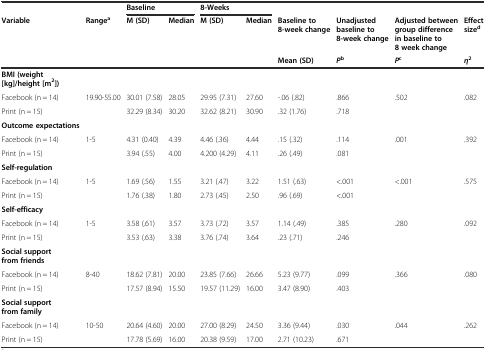
<table><thead><tr><td></td><td></td><td colspan="2"><b>Baseline</b></td><td colspan="2"><b>8-Weeks</b></td><td></td><td></td><td></td><td></td></tr><tr><td rowspan="2"><b>Variable</b></td><td rowspan="2"><b>Range<sup>a</sup></b></td><td rowspan="2"><b>M (SD)</b></td><td rowspan="2"><b>Median</b></td><td rowspan="2"><b>M (SD)</b></td><td rowspan="2"><b>Median</b></td><td><b>Baseline to 8-week change</b></td><td><b>Unadjusted baseline to 8-week change</b></td><td><b>Adjusted between group difference in baseline to 8 week change</b></td><td><b>Effect size<sup>d</sup></b></td></tr><tr><td><b>Mean (SD)</b></td><td><b><i>P</i><sup>b</sup></b></td><td><b><i>P</i><sup>c</sup></b></td><td><b><i>η</i><sup>2</sup></b></td></tr></thead><tbody><tr><td><b>BMI (weight [kg]/height [m</b><sup><b>2</b></sup><b>])</b></td><td></td><td></td><td></td><td></td><td></td><td></td><td></td><td></td><td></td></tr><tr><td>Facebook (n = 14)</td><td>19.90-55.00</td><td>30.01 (7.58)</td><td>28.05</td><td>29.95 (7.31)</td><td>27.60</td><td>-.06 (.82)</td><td>.866</td><td>.502</td><td>.082</td></tr><tr><td>Print (n = 15)</td><td></td><td>32.29 (8.34)</td><td>30.20</td><td>32.62 (8.21)</td><td>30.90</td><td>.32 (1.76)</td><td>.718</td><td></td><td></td></tr><tr><td><b>Outcome expectations</b></td><td></td><td></td><td></td><td></td><td></td><td></td><td></td><td></td><td></td></tr><tr><td>Facebook (n = 14)</td><td>1-5</td><td>4.31 (0.40)</td><td>4.39</td><td>4.46 (.36)</td><td>4.44</td><td>.15 (.32)</td><td>.114</td><td>.001</td><td>.392</td></tr><tr><td>Print (n = 15)</td><td></td><td>3.94 (.55)</td><td>4.00</td><td>4.200 (4.29)</td><td>4.11</td><td>.26 (.49)</td><td>.081</td><td></td><td></td></tr><tr><td><b>Self-regulation</b></td><td></td><td></td><td></td><td></td><td></td><td></td><td></td><td></td><td></td></tr><tr><td>Facebook (n = 14)</td><td>1-5</td><td>1.69 (.56)</td><td>1.55</td><td>3.21 (.47)</td><td>3.22</td><td>1.51 (.63)</td><td>&lt;.001</td><td>&lt;.001</td><td>.575</td></tr><tr><td>Print (n = 15)</td><td></td><td>1.76 (.38)</td><td>1.80</td><td>2.73 (.45)</td><td>2.50</td><td>.96 (.69)</td><td>&lt;.001</td><td></td><td></td></tr><tr><td><b>Self-efficacy</b></td><td></td><td></td><td></td><td></td><td></td><td></td><td></td><td></td><td></td></tr><tr><td>Facebook (n = 14)</td><td>1-5</td><td>3.58 (.61)</td><td>3.57</td><td>3.73 (.72)</td><td>3.57</td><td>1.14 (.49)</td><td>.385</td><td>.280</td><td>.092</td></tr><tr><td>Print (n = 15)</td><td></td><td>3.53 (.63)</td><td>3.38</td><td>3.76 (.74)</td><td>3.64</td><td>.23 (.71)</td><td>.246</td><td></td><td></td></tr><tr><td><b>Social support from friends</b></td><td></td><td></td><td></td><td></td><td></td><td></td><td></td><td></td><td></td></tr><tr><td>Facebook (n = 14)</td><td>8-40</td><td>18.62 (7.81)</td><td>20.00</td><td>23.85 (7.66)</td><td>26.66</td><td>5.23 (9.77)</td><td>.099</td><td>.366</td><td>.080</td></tr><tr><td>Print (n = 15)</td><td></td><td>17.57 (8.94)</td><td>15.50</td><td>19.57 (11.29)</td><td>16.00</td><td>3.47 (8.90)</td><td>.403</td><td></td><td></td></tr><tr><td><b>Social support from family</b></td><td></td><td></td><td></td><td></td><td></td><td></td><td></td><td></td><td></td></tr><tr><td>Facebook (n = 14)</td><td>10-50</td><td>20.64 (4.60)</td><td>20.00</td><td>27.00 (8.29)</td><td>24.50</td><td>3.36 (9.44)</td><td>.030</td><td>.044</td><td>.262</td></tr><tr><td>Print (n = 15)</td><td></td><td>17.78 (5.69)</td><td>16.00</td><td>20.38 (9.59)</td><td>17.00</td><td>2.71 (10.23)</td><td>.671</td><td></td><td></td></tr></tbody></table>